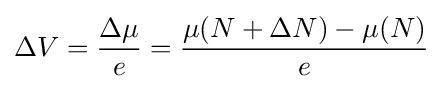
\Delta V={\frac {\Delta \mu }{e}}={\frac {\mu (N+\Delta N)-\mu (N)}{e}}